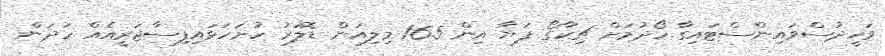
ވަހީދުސްވައިންސްޓައިގާ ހޯދުމަށް ޗިކާގޯ ފަޔާ އިން 16.5 މިލިއަން ޑޮލަރު ހުށަހަޅައިފިސާޖަރީއެއް ހަދަން